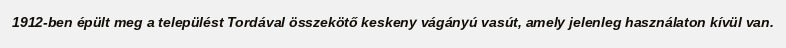
1912-ben épült meg a települést Tordával összekötő keskeny vágányú vasút, amely jelenleg használaton kívül van.